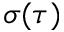
\sigma ( \tau )